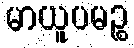
မာယူပမဉ္စ